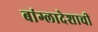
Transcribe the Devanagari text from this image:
बांग्लादेशाची